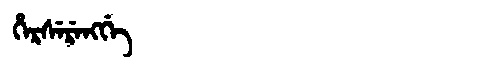
Manchu: ᡥᡝᡵᠰᡝᡵᡝᠩᡤᡝ
Romanization: HERSERENGGE